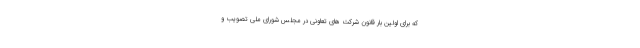
که برای اولین بار قانون شرکت های تعاونی در مجلس شورای ملی تصویب و